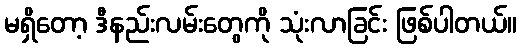
မရှိတော့ ဒီနည်းလမ်းတွေကို သုံးလာခြင်း ဖြစ်ပါတယ်။